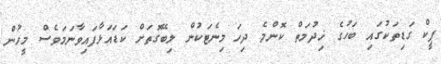
ޕީކް ގަޑިތަކުގައި ބަހުގެ ޚިދުމަތް ކޮންމެ ދިހަ މިނެޓަކުން ލިބޭގޮތަށް ކަޑައަޅާފައިވާނަމަވެސް މީހުން